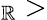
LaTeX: _\mathbb{R}>